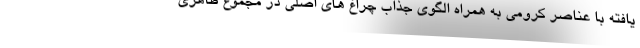
یافته با عناصر کرومی به همراه الگوی جذاب چراغ های اصلی در مجموع ظاهری